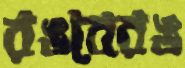
রঙবেরঙ